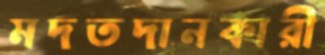
মদতদানকারী